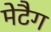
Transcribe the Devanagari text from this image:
मेटैग